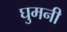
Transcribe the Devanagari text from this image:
घुमनी